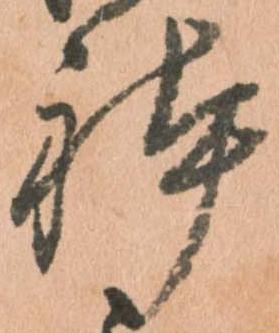
躰